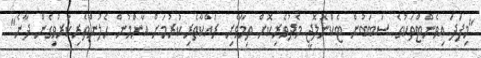
"މިފަދަ އިވެންޓްތަކުގެ ސަބަބުން ޓެކްނޮލޮޖީ މެދުވެރިކޮށް ތިމާވެށި ރައްކާތެރިކުރުމަށް އާންމުން ހެލުންތެރިކުރުވިގެން ދާނެ"